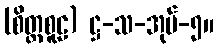
(စိတ္တစူဠ) ဋ္ဌ-သ-အုပ်-၅။